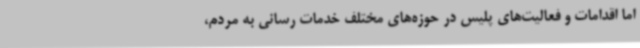
اما اقدامات و فعالیت‌های پلیس در حوزه‌های مختلف خدمات رسانی به مردم،